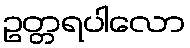
ဥတ္တရပါလော